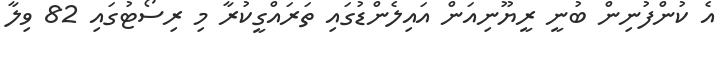
އެ ކުންފުނިން ބުނީ ރީޔޫނިއަން އައިލެންޑުގައި ތަރައްގީކުރާ މި ރިސޯޓުގައި 82 ވިލާ